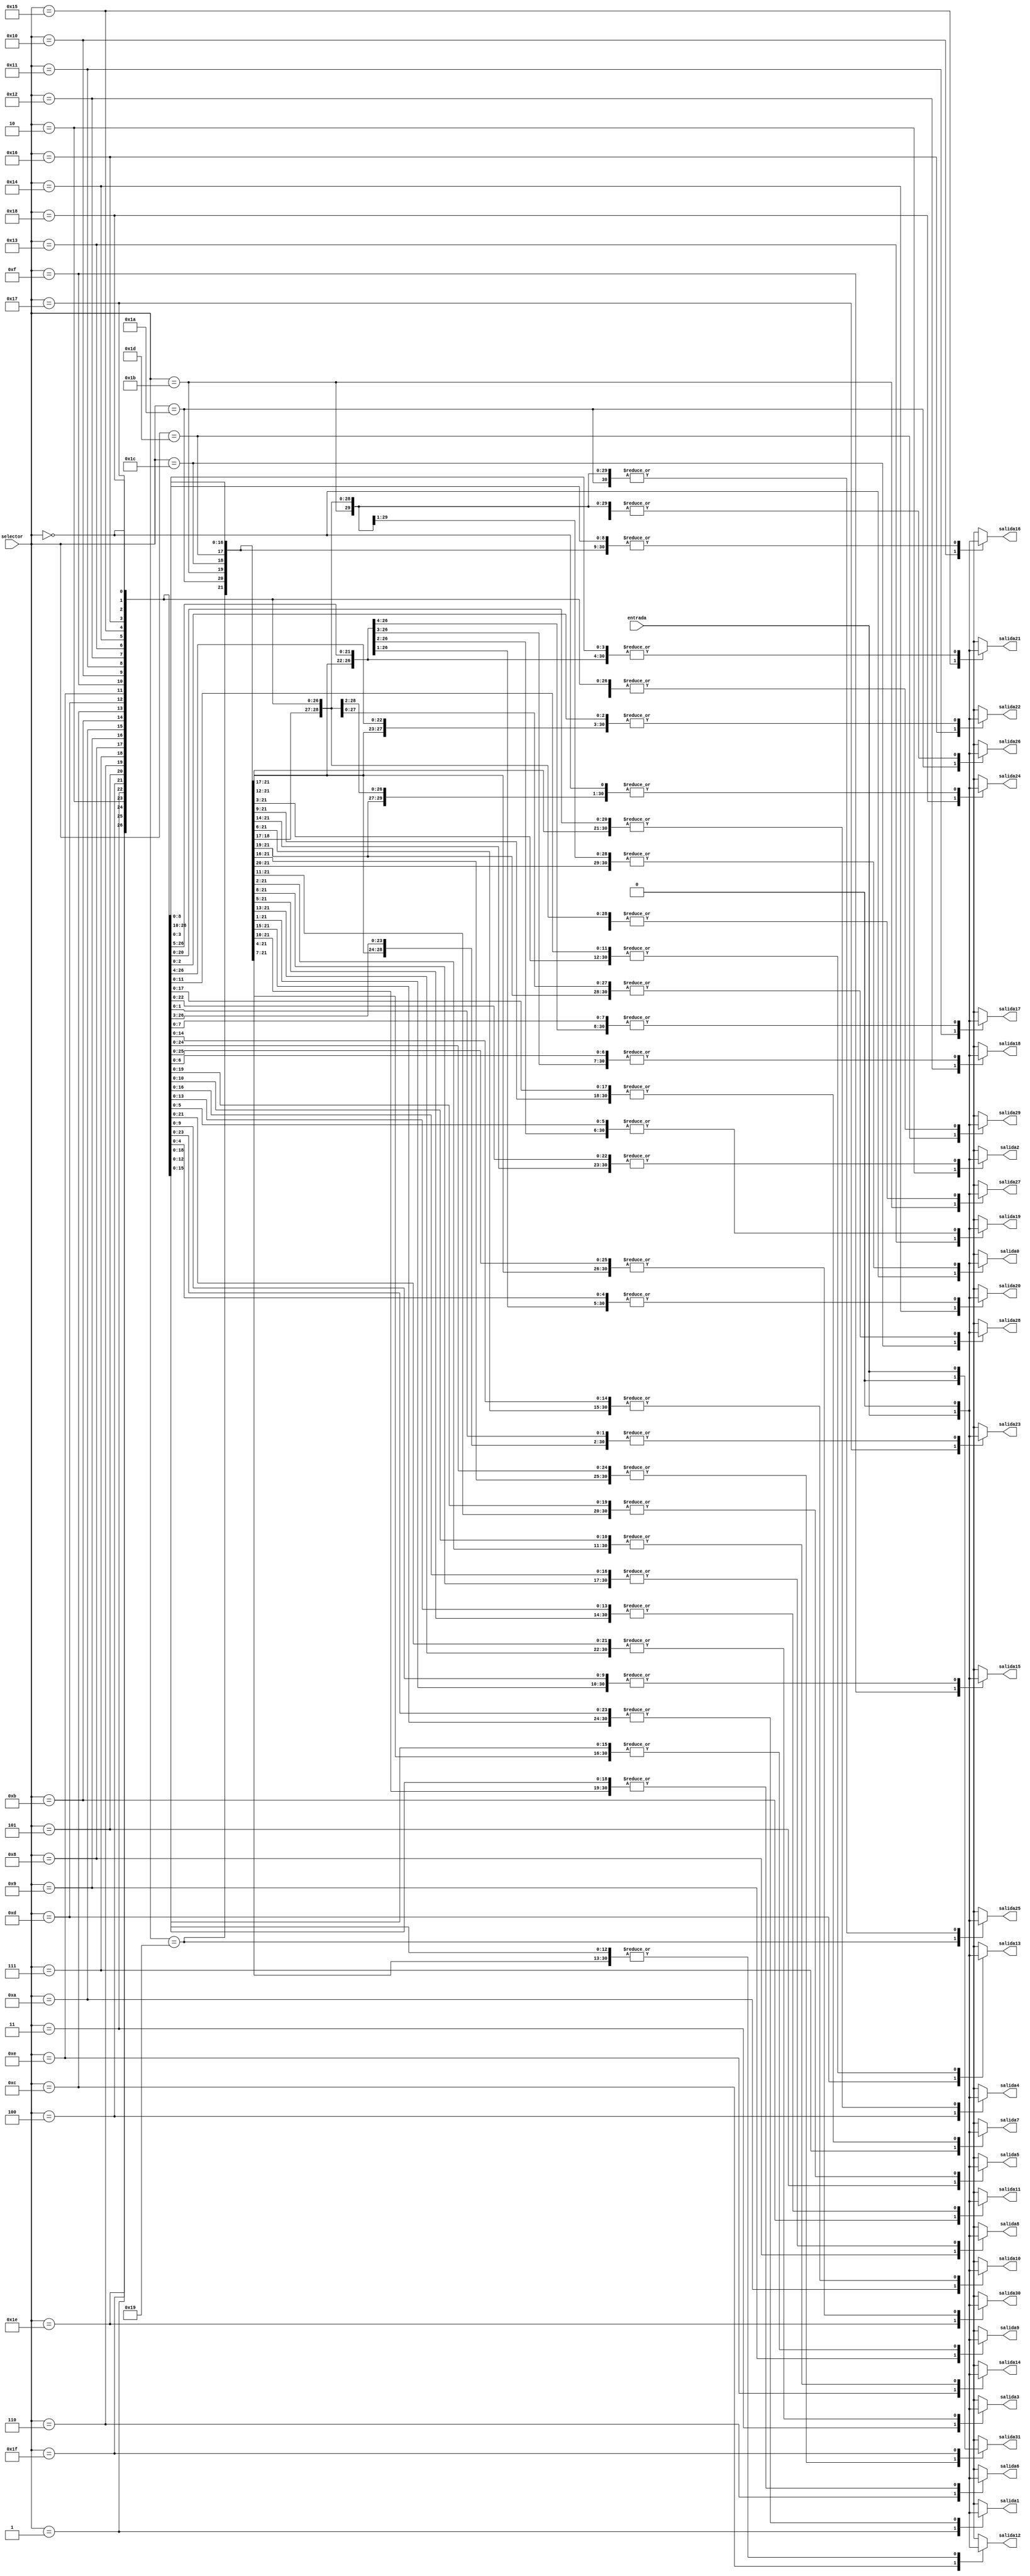
`timescale 1ns / 1ps
//////////////////////////////////////////////////////////////////////////////////
// Company: 
// Engineer: 
// 
// Design Name: 
// Module Name:    demultiplexor 
// Project Name: 
// Target Devices: 
// Tool versions: 
// Description: 
//
// Dependencies: 
//
// Revision: 
// Revision 0.01 - File Created
// Additional Comments: 
//
//////////////////////////////////////////////////////////////////////////////////
module demultiplexor
(
	input [4:0] selector,
	input entrada,
	output reg salida0,
	output reg salida1,
	output reg salida2,
	output reg salida3,
	output reg salida4,
	output reg salida5,
	output reg salida6,
	output reg salida7,
	output reg salida8,
	output reg salida9,
	output reg salida10,
	output reg salida11,
	output reg salida12,
	output reg salida13,
	output reg salida14,
	output reg salida15,
	output reg salida16,
	output reg salida17,
	output reg salida18,
	output reg salida19,
	output reg salida20,
	output reg salida21,
	output reg salida22,
	output reg salida23,
	output reg salida24,
	output reg salida25,
	output reg salida26,
	output reg salida27,
	output reg salida28,
	output reg salida29,
	output reg salida30,
	output reg salida31
);

always @(*)
begin
	case (selector)
5'b00000:
	begin
		salida0 = entrada;
		salida1 =  0;
		salida2 =  0;
		salida3 =  0;
		salida4 =  0;
		salida5 =  0;
		salida6 =  0;
		salida7 =  0;
		salida8 =  0;
		salida9 =  0;
		salida10 = 0;
		salida11 = 0;
		salida12 = 0;
		salida13 = 0;
		salida14 = 0;
		salida15 = 0;
		salida16 = 0;
		salida17 = 0;
		salida18 = 0;
		salida19 = 0;
		salida20 = 0;
		salida21 = 0;
		salida22 = 0;
		salida23 = 0;
		salida24 = 0;
		salida25 = 0;
		salida26 = 0;
		salida27 = 0;
		salida28 = 0;
		salida29 = 0;
		salida30 = 0;
		salida31 = 0;
	end
5'b00001: 
	begin
		salida0 = 0;
		salida1 = entrada;
		salida2 =  0;
		salida3 =  0;
		salida4 =  0;
		salida5 =  0;
		salida6 =  0;
		salida7 =  0;
		salida8 =  0;
		salida9 =  0;
		salida10 = 0;
		salida11 = 0;
		salida12 = 0;
		salida13 = 0;
		salida14 = 0;
		salida15 = 0;
		salida16 = 0;
		salida17 = 0;
		salida18 = 0;
		salida19 = 0;
		salida20 = 0;
		salida21 = 0;
		salida22 = 0;
		salida23 = 0;
		salida24 = 0;
		salida25 = 0;
		salida26 = 0;
		salida27 = 0;
		salida28 = 0;
		salida29 = 0;
		salida30 = 0;
		salida31 = 0;
	end
5'b00010:
	begin
		salida0 = 0;
		salida1 =  0;
		salida3 =  0;
		salida4 =  0;
		salida5 =  0;
		salida6 =  0;
		salida7 =  0;
		salida8 =  0;
		salida9 =  0;
		salida10 = 0;
		salida11 = 0;
		salida12 = 0;
		salida13 = 0;
		salida14 = 0;
		salida15 = 0;
		salida16 = 0;
		salida17 = 0;
		salida18 = 0;
		salida19 = 0;
		salida20 = 0;
		salida21 = 0;
		salida22 = 0;
		salida23 = 0;
		salida24 = 0;
		salida25 = 0;
		salida26 = 0;
		salida27 = 0;
		salida28 = 0;
		salida29 = 0;
		salida30 = 0;
		salida31 = 0;
		salida2 = entrada;
	end
5'b00011:
	begin
		salida0 = 0;
		salida1 =  0;
		salida2 =  0;
		salida4 =  0;
		salida5 =  0;
		salida6 =  0;
		salida7 =  0;
		salida8 =  0;
		salida9 =  0;
		salida10 = 0;
		salida11 = 0;
		salida12 = 0;
		salida13 = 0;
		salida14 = 0;
		salida15 = 0;
		salida16 = 0;
		salida17 = 0;
		salida18 = 0;
		salida19 = 0;
		salida20 = 0;
		salida21 = 0;
		salida22 = 0;
		salida23 = 0;
		salida24 = 0;
		salida25 = 0;
		salida26 = 0;
		salida27 = 0;
		salida28 = 0;
		salida29 = 0;
		salida30 = 0;
		salida31 = 0;
		salida3 = entrada;
	end
5'b00100:
	begin
		salida0 = 0;
		salida1 =  0;
		salida2 =  0;
		salida3 =  0;
		salida5 =  0;
		salida6 =  0;
		salida7 =  0;
		salida8 =  0;
		salida9 =  0;
		salida10 = 0;
		salida11 = 0;
		salida12 = 0;
		salida13 = 0;
		salida14 = 0;
		salida15 = 0;
		salida16 = 0;
		salida17 = 0;
		salida18 = 0;
		salida19 = 0;
		salida20 = 0;
		salida21 = 0;
		salida22 = 0;
		salida23 = 0;
		salida24 = 0;
		salida25 = 0;
		salida26 = 0;
		salida27 = 0;
		salida28 = 0;
		salida29 = 0;
		salida30 = 0;
		salida31 = 0;
		salida4 = entrada;
	end
5'b00101:
	begin
		salida0 = 0;
		salida1 =  0;
		salida2 =  0;
		salida3 =  0;
		salida4 =  0;
		salida6 =  0;
		salida7 =  0;
		salida8 =  0;
		salida9 =  0;
		salida10 = 0;
		salida11 = 0;
		salida12 = 0;
		salida13 = 0;
		salida14 = 0;
		salida15 = 0;
		salida16 = 0;
		salida17 = 0;
		salida18 = 0;
		salida19 = 0;
		salida20 = 0;
		salida21 = 0;
		salida22 = 0;
		salida23 = 0;
		salida24 = 0;
		salida25 = 0;
		salida26 = 0;
		salida27 = 0;
		salida28 = 0;
		salida29 = 0;
		salida30 = 0;
		salida31 = 0;
		salida5 = entrada;
	end
5'b00110:
	begin
		salida0 = 0;
		salida1 =  0;
		salida2 =  0;
		salida3 =  0;
		salida4 =  0;
		salida5 =  0;
		salida7 =  0;
		salida8 =  0;
		salida9 =  0;
		salida10 = 0;
		salida11 = 0;
		salida12 = 0;
		salida13 = 0;
		salida14 = 0;
		salida15 = 0;
		salida16 = 0;
		salida17 = 0;
		salida18 = 0;
		salida19 = 0;
		salida20 = 0;
		salida21 = 0;
		salida22 = 0;
		salida23 = 0;
		salida24 = 0;
		salida25 = 0;
		salida26 = 0;
		salida27 = 0;
		salida28 = 0;
		salida29 = 0;
		salida30 = 0;
		salida31 = 0;
		salida6 = entrada;
	end
5'b00111:
	begin
		salida0 = 0;
		salida1 =  0;
		salida2 =  0;
		salida3 =  0;
		salida4 =  0;
		salida5 =  0;
		salida6 =  0;
		salida8 =  0;
		salida9 =  0;
		salida10 = 0;
		salida11 = 0;
		salida12 = 0;
		salida13 = 0;
		salida14 = 0;
		salida15 = 0;
		salida16 = 0;
		salida17 = 0;
		salida18 = 0;
		salida19 = 0;
		salida20 = 0;
		salida21 = 0;
		salida22 = 0;
		salida23 = 0;
		salida24 = 0;
		salida25 = 0;
		salida26 = 0;
		salida27 = 0;
		salida28 = 0;
		salida29 = 0;
		salida30 = 0;
		salida31 = 0;
		salida7 = entrada;
	end
5'b01000:
	begin
		salida0 = 0;
		salida1 =  0;
		salida2 =  0;
		salida3 =  0;
		salida4 =  0;
		salida5 =  0;
		salida6 =  0;
		salida7 =  0;
		salida9 =  0;
		salida10 = 0;
		salida11 = 0;
		salida12 = 0;
		salida13 = 0;
		salida14 = 0;
		salida15 = 0;
		salida16 = 0;
		salida17 = 0;
		salida18 = 0;
		salida19 = 0;
		salida20 = 0;
		salida21 = 0;
		salida22 = 0;
		salida23 = 0;
		salida24 = 0;
		salida25 = 0;
		salida26 = 0;
		salida27 = 0;
		salida28 = 0;
		salida29 = 0;
		salida30 = 0;
		salida31 = 0;
		salida8 = entrada;
	end
5'b01001:
	begin
		salida0 = 0;
		salida1 =  0;
		salida2 =  0;
		salida3 =  0;
		salida4 =  0;
		salida5 =  0;
		salida6 =  0;
		salida7 =  0;
		salida8 =  0;
		salida10 = 0;
		salida11 = 0;
		salida12 = 0;
		salida13 = 0;
		salida14 = 0;
		salida15 = 0;
		salida16 = 0;
		salida17 = 0;
		salida18 = 0;
		salida19 = 0;
		salida20 = 0;
		salida21 = 0;
		salida22 = 0;
		salida23 = 0;
		salida24 = 0;
		salida25 = 0;
		salida26 = 0;
		salida27 = 0;
		salida28 = 0;
		salida29 = 0;
		salida30 = 0;
		salida31 = 0;
		salida9 = entrada;
	end
5'b01010:
	begin
		salida0 = 0;
		salida1 =  0;
		salida2 =  0;
		salida3 =  0;
		salida4 =  0;
		salida5 =  0;
		salida6 =  0;
		salida7 =  0;
		salida8 =  0;
		salida9 =  0;
		salida11 = 0;
		salida12 = 0;
		salida13 = 0;
		salida14 = 0;
		salida15 = 0;
		salida16 = 0;
		salida17 = 0;
		salida18 = 0;
		salida19 = 0;
		salida20 = 0;
		salida21 = 0;
		salida22 = 0;
		salida23 = 0;
		salida24 = 0;
		salida25 = 0;
		salida26 = 0;
		salida27 = 0;
		salida28 = 0;
		salida29 = 0;
		salida30 = 0;
		salida31 = 0;
		salida10 = entrada;
	end
5'b01011:
	begin
		salida0 = 0;
		salida1 =  0;
		salida2 =  0;
		salida3 =  0;
		salida4 =  0;
		salida5 =  0;
		salida6 =  0;
		salida7 =  0;
		salida8 =  0;
		salida9 =  0;
		salida10 = 0;
		salida12 = 0;
		salida13 = 0;
		salida14 = 0;
		salida15 = 0;
		salida16 = 0;
		salida17 = 0;
		salida18 = 0;
		salida19 = 0;
		salida20 = 0;
		salida21 = 0;
		salida22 = 0;
		salida23 = 0;
		salida24 = 0;
		salida25 = 0;
		salida26 = 0;
		salida27 = 0;
		salida28 = 0;
		salida29 = 0;
		salida30 = 0;
		salida31 = 0;
		salida11 = entrada;
	end
5'b01100:
	begin
		salida0 = 0;
		salida1 =  0;
		salida2 =  0;
		salida3 =  0;
		salida4 =  0;
		salida5 =  0;
		salida6 =  0;
		salida7 =  0;
		salida8 =  0;
		salida9 =  0;
		salida10 = 0;
		salida11 = 0;
		salida13 = 0;
		salida14 = 0;
		salida15 = 0;
		salida16 = 0;
		salida17 = 0;
		salida18 = 0;
		salida19 = 0;
		salida20 = 0;
		salida21 = 0;
		salida22 = 0;
		salida23 = 0;
		salida24 = 0;
		salida25 = 0;
		salida26 = 0;
		salida27 = 0;
		salida28 = 0;
		salida29 = 0;
		salida30 = 0;
		salida31 = 0;
		salida12 = entrada;
	end
5'b01101:
	begin
		salida0 = 0;
		salida1 =  0;
		salida2 =  0;
		salida3 =  0;
		salida4 =  0;
		salida5 =  0;
		salida6 =  0;
		salida7 =  0;
		salida8 =  0;
		salida9 =  0;
		salida10 = 0;
		salida11 = 0;
		salida12 = 0;
		salida14 = 0;
		salida15 = 0;
		salida16 = 0;
		salida17 = 0;
		salida18 = 0;
		salida19 = 0;
		salida20 = 0;
		salida21 = 0;
		salida22 = 0;
		salida23 = 0;
		salida24 = 0;
		salida25 = 0;
		salida26 = 0;
		salida27 = 0;
		salida28 = 0;
		salida29 = 0;
		salida30 = 0;
		salida31 = 0;
		salida13 = entrada;
	end
5'b01110:
	begin
		salida0 = 0;
		salida1 =  0;
		salida2 =  0;
		salida3 =  0;
		salida4 =  0;
		salida5 =  0;
		salida6 =  0;
		salida7 =  0;
		salida8 =  0;
		salida9 =  0;
		salida10 = 0;
		salida11 = 0;
		salida12 = 0;
		salida13 = 0;
		salida15 = 0;
		salida16 = 0;
		salida17 = 0;
		salida18 = 0;
		salida19 = 0;
		salida20 = 0;
		salida21 = 0;
		salida22 = 0;
		salida23 = 0;
		salida24 = 0;
		salida25 = 0;
		salida26 = 0;
		salida27 = 0;
		salida28 = 0;
		salida29 = 0;
		salida30 = 0;
		salida31 = 0;
		salida14 = entrada;
	end
5'b01111:
	begin
		salida0 = 0;
		salida1 =  0;
		salida2 =  0;
		salida3 =  0;
		salida4 =  0;
		salida5 =  0;
		salida6 =  0;
		salida7 =  0;
		salida8 =  0;
		salida9 =  0;
		salida10 = 0;
		salida11 = 0;
		salida12 = 0;
		salida13 = 0;
		salida14 = 0;
		salida16 = 0;
		salida17 = 0;
		salida18 = 0;
		salida19 = 0;
		salida20 = 0;
		salida21 = 0;
		salida22 = 0;
		salida23 = 0;
		salida24 = 0;
		salida25 = 0;
		salida26 = 0;
		salida27 = 0;
		salida28 = 0;
		salida29 = 0;
		salida30 = 0;
		salida31 = 0;
		salida15 = entrada;
	end
5'b10000:
	begin
		salida0 = 0;
		salida1 =  0;
		salida2 =  0;
		salida3 =  0;
		salida4 =  0;
		salida5 =  0;
		salida6 =  0;
		salida7 =  0;
		salida8 =  0;
		salida9 =  0;
		salida10 = 0;
		salida11 = 0;
		salida12 = 0;
		salida13 = 0;
		salida14 = 0;
		salida15 = 0;
		salida17 = 0;
		salida18 = 0;
		salida19 = 0;
		salida20 = 0;
		salida21 = 0;
		salida22 = 0;
		salida23 = 0;
		salida24 = 0;
		salida25 = 0;
		salida26 = 0;
		salida27 = 0;
		salida28 = 0;
		salida29 = 0;
		salida30 = 0;
		salida31 = 0;
		salida16 = entrada;
	end
5'b10001:
	begin
		salida0 = 0;
		salida1 =  0;
		salida2 =  0;
		salida3 =  0;
		salida4 =  0;
		salida5 =  0;
		salida6 =  0;
		salida7 =  0;
		salida8 =  0;
		salida9 =  0;
		salida10 = 0;
		salida11 = 0;
		salida12 = 0;
		salida13 = 0;
		salida14 = 0;
		salida15 = 0;
		salida16 = 0;
		salida18 = 0;
		salida19 = 0;
		salida20 = 0;
		salida21 = 0;
		salida22 = 0;
		salida23 = 0;
		salida24 = 0;
		salida25 = 0;
		salida26 = 0;
		salida27 = 0;
		salida28 = 0;
		salida29 = 0;
		salida30 = 0;
		salida31 = 0;
		salida17 = entrada;
	end
5'b10010:
	begin
		salida0 = 0;
		salida1 =  0;
		salida2 =  0;
		salida3 =  0;
		salida4 =  0;
		salida5 =  0;
		salida6 =  0;
		salida7 =  0;
		salida8 =  0;
		salida9 =  0;
		salida10 = 0;
		salida11 = 0;
		salida12 = 0;
		salida13 = 0;
		salida14 = 0;
		salida15 = 0;
		salida16 = 0;
		salida17 = 0;
		salida19 = 0;
		salida20 = 0;
		salida21 = 0;
		salida22 = 0;
		salida23 = 0;
		salida24 = 0;
		salida25 = 0;
		salida26 = 0;
		salida27 = 0;
		salida28 = 0;
		salida29 = 0;
		salida30 = 0;
		salida31 = 0;
		salida18 = entrada;
	end
5'b10011:
	begin
		salida0 = 0;
		salida1 =  0;
		salida2 =  0;
		salida3 =  0;
		salida4 =  0;
		salida5 =  0;
		salida6 =  0;
		salida7 =  0;
		salida8 =  0;
		salida9 =  0;
		salida10 = 0;
		salida11 = 0;
		salida12 = 0;
		salida13 = 0;
		salida14 = 0;
		salida15 = 0;
		salida16 = 0;
		salida17 = 0;
		salida18 = 0;
		salida20 = 0;
		salida21 = 0;
		salida22 = 0;
		salida23 = 0;
		salida24 = 0;
		salida25 = 0;
		salida26 = 0;
		salida27 = 0;
		salida28 = 0;
		salida29 = 0;
		salida30 = 0;
		salida31 = 0;
		salida19 = entrada;
	end
5'b10100:
	begin
		salida0 = 0;
		salida1 =  0;
		salida2 =  0;
		salida3 =  0;
		salida4 =  0;
		salida5 =  0;
		salida6 =  0;
		salida7 =  0;
		salida8 =  0;
		salida9 =  0;
		salida10 = 0;
		salida11 = 0;
		salida12 = 0;
		salida13 = 0;
		salida14 = 0;
		salida15 = 0;
		salida16 = 0;
		salida17 = 0;
		salida18 = 0;
		salida19 = 0;
		salida21 = 0;
		salida22 = 0;
		salida23 = 0;
		salida24 = 0;
		salida25 = 0;
		salida26 = 0;
		salida27 = 0;
		salida28 = 0;
		salida29 = 0;
		salida30 = 0;
		salida31 = 0;
		salida20 = entrada;
	end
5'b10101:
	begin
		salida0 = 0;
		salida1 =  0;
		salida2 =  0;
		salida3 =  0;
		salida4 =  0;
		salida5 =  0;
		salida6 =  0;
		salida7 =  0;
		salida8 =  0;
		salida9 =  0;
		salida10 = 0;
		salida11 = 0;
		salida12 = 0;
		salida13 = 0;
		salida14 = 0;
		salida15 = 0;
		salida16 = 0;
		salida17 = 0;
		salida18 = 0;
		salida19 = 0;
		salida20 = 0;
		salida22 = 0;
		salida23 = 0;
		salida24 = 0;
		salida25 = 0;
		salida26 = 0;
		salida27 = 0;
		salida28 = 0;
		salida29 = 0;
		salida30 = 0;
		salida31 = 0;
		salida21 = entrada;
	end
5'b10110:
	begin
		salida0 = 0;
		salida1 =  0;
		salida2 =  0;
		salida3 =  0;
		salida4 =  0;
		salida5 =  0;
		salida6 =  0;
		salida7 =  0;
		salida8 =  0;
		salida9 =  0;
		salida10 = 0;
		salida11 = 0;
		salida12 = 0;
		salida13 = 0;
		salida14 = 0;
		salida15 = 0;
		salida16 = 0;
		salida17 = 0;
		salida18 = 0;
		salida19 = 0;
		salida20 = 0;
		salida21 = 0;
		salida23 = 0;
		salida24 = 0;
		salida25 = 0;
		salida26 = 0;
		salida27 = 0;
		salida28 = 0;
		salida29 = 0;
		salida30 = 0;
		salida31 = 0;
		salida22 = entrada;
	end
5'b10111:
	begin
		salida0 = 0;
		salida1 =  0;
		salida2 =  0;
		salida3 =  0;
		salida4 =  0;
		salida5 =  0;
		salida6 =  0;
		salida7 =  0;
		salida8 =  0;
		salida9 =  0;
		salida10 = 0;
		salida11 = 0;
		salida12 = 0;
		salida13 = 0;
		salida14 = 0;
		salida15 = 0;
		salida16 = 0;
		salida17 = 0;
		salida18 = 0;
		salida19 = 0;
		salida20 = 0;
		salida21 = 0;
		salida22 = 0;
		salida24 = 0;
		salida25 = 0;
		salida26 = 0;
		salida27 = 0;
		salida28 = 0;
		salida29 = 0;
		salida30 = 0;
		salida31 = 0;
		salida23 = entrada;
	end
5'b11000:
	begin
		salida0 = 0;
		salida1 =  0;
		salida2 =  0;
		salida3 =  0;
		salida4 =  0;
		salida5 =  0;
		salida6 =  0;
		salida7 =  0;
		salida8 =  0;
		salida9 =  0;
		salida10 = 0;
		salida11 = 0;
		salida12 = 0;
		salida13 = 0;
		salida14 = 0;
		salida15 = 0;
		salida16 = 0;
		salida17 = 0;
		salida18 = 0;
		salida19 = 0;
		salida20 = 0;
		salida21 = 0;
		salida22 = 0;
		salida23 = 0;
		salida25 = 0;
		salida26 = 0;
		salida27 = 0;
		salida28 = 0;
		salida29 = 0;
		salida30 = 0;
		salida31 = 0;
		salida24 = entrada;
	end
5'b11001:
	begin
		salida0 = 0;
		salida1 =  0;
		salida2 =  0;
		salida3 =  0;
		salida4 =  0;
		salida5 =  0;
		salida6 =  0;
		salida7 =  0;
		salida8 =  0;
		salida9 =  0;
		salida10 = 0;
		salida11 = 0;
		salida12 = 0;
		salida13 = 0;
		salida14 = 0;
		salida15 = 0;
		salida16 = 0;
		salida17 = 0;
		salida18 = 0;
		salida19 = 0;
		salida20 = 0;
		salida21 = 0;
		salida22 = 0;
		salida23 = 0;
		salida24 = 0;
		salida26 = 0;
		salida27 = 0;
		salida28 = 0;
		salida29 = 0;
		salida30 = 0;
		salida31 = 0;
		salida25 = entrada;
	end
5'b11010:
	begin
		salida0 = 0;
		salida1 =  0;
		salida2 =  0;
		salida3 =  0;
		salida4 =  0;
		salida5 =  0;
		salida6 =  0;
		salida7 =  0;
		salida8 =  0;
		salida9 =  0;
		salida10 = 0;
		salida11 = 0;
		salida12 = 0;
		salida13 = 0;
		salida14 = 0;
		salida15 = 0;
		salida16 = 0;
		salida17 = 0;
		salida18 = 0;
		salida19 = 0;
		salida20 = 0;
		salida21 = 0;
		salida22 = 0;
		salida23 = 0;
		salida24 = 0;
		salida25 = 0;
		salida27 = 0;
		salida28 = 0;
		salida29 = 0;
		salida30 = 0;
		salida31 = 0;
		salida26 = entrada;
	end
5'b11011:
	begin
		salida0 = 0;
		salida1 =  0;
		salida2 =  0;
		salida3 =  0;
		salida4 =  0;
		salida5 =  0;
		salida6 =  0;
		salida7 =  0;
		salida8 =  0;
		salida9 =  0;
		salida10 = 0;
		salida11 = 0;
		salida12 = 0;
		salida13 = 0;
		salida14 = 0;
		salida15 = 0;
		salida16 = 0;
		salida17 = 0;
		salida18 = 0;
		salida19 = 0;
		salida20 = 0;
		salida21 = 0;
		salida22 = 0;
		salida23 = 0;
		salida24 = 0;
		salida25 = 0;
		salida26 = 0;
		salida28 = 0;
		salida29 = 0;
		salida30 = 0;
		salida31 = 0;
		salida27 = entrada;
	end
5'b11100:
	begin
		salida0 = 0;
		salida1 =  0;
		salida2 =  0;
		salida3 =  0;
		salida4 =  0;
		salida5 =  0;
		salida6 =  0;
		salida7 =  0;
		salida8 =  0;
		salida9 =  0;
		salida10 = 0;
		salida11 = 0;
		salida12 = 0;
		salida13 = 0;
		salida14 = 0;
		salida15 = 0;
		salida16 = 0;
		salida17 = 0;
		salida18 = 0;
		salida19 = 0;
		salida20 = 0;
		salida21 = 0;
		salida22 = 0;
		salida23 = 0;
		salida24 = 0;
		salida25 = 0;
		salida26 = 0;
		salida27 = 0;
		salida29 = 0;
		salida30 = 0;
		salida31 = 0;
		salida28 = entrada;
	end
5'b11101:
	begin
		salida0 = 0;
		salida1 =  0;
		salida2 =  0;
		salida3 =  0;
		salida4 =  0;
		salida5 =  0;
		salida6 =  0;
		salida7 =  0;
		salida8 =  0;
		salida9 =  0;
		salida10 = 0;
		salida11 = 0;
		salida12 = 0;
		salida13 = 0;
		salida14 = 0;
		salida15 = 0;
		salida16 = 0;
		salida17 = 0;
		salida18 = 0;
		salida19 = 0;
		salida20 = 0;
		salida21 = 0;
		salida22 = 0;
		salida23 = 0;
		salida24 = 0;
		salida25 = 0;
		salida26 = 0;
		salida27 = 0;
		salida28 = 0;
		salida30 = 0;
		salida31 = 0;
		salida29 = entrada;
	end
5'b11110:
	begin
		salida0 = 0;
		salida1 =  0;
		salida2 =  0;
		salida3 =  0;
		salida4 =  0;
		salida5 =  0;
		salida6 =  0;
		salida7 =  0;
		salida8 =  0;
		salida9 =  0;
		salida10 = 0;
		salida11 = 0;
		salida12 = 0;
		salida13 = 0;
		salida14 = 0;
		salida15 = 0;
		salida16 = 0;
		salida17 = 0;
		salida18 = 0;
		salida19 = 0;
		salida20 = 0;
		salida21 = 0;
		salida22 = 0;
		salida23 = 0;
		salida24 = 0;
		salida25 = 0;
		salida26 = 0;
		salida27 = 0;
		salida28 = 0;
		salida29 = 0;
		salida31 = 0;
		salida30 = entrada;
	end
	5'b11111:
	begin
		salida0 = 0;
		salida1 =  0;
		salida2 =  0;
		salida3 =  0;
		salida4 =  0;
		salida5 =  0;
		salida6 =  0;
		salida7 =  0;
		salida8 =  0;
		salida9 =  0;
		salida10 = 0;
		salida11 = 0;
		salida12 = 0;
		salida13 = 0;
		salida14 = 0;
		salida15 = 0;
		salida16 = 0;
		salida17 = 0;
		salida18 = 0;
		salida19 = 0;
		salida20 = 0;
		salida21 = 0;
		salida22 = 0;
		salida23 = 0;
		salida24 = 0;
		salida25 = 0;
		salida26 = 0;
		salida27 = 0;
		salida28 = 0;
		salida29 = 0;
		salida30 = 0;
		salida31 = entrada;
	end

	endcase
end
 

endmodule